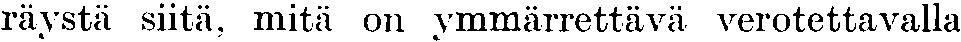
räystä siitä, mitä on ymmärrettävä verotettavalla